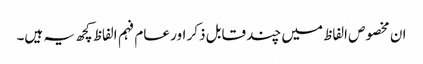
ان مخصوص الفاظ میں چند قابل ذکر اور عام فہم الفاظ کچھ یہ ہیں۔